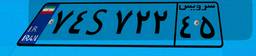
۷۴S۷۲۲۴۵